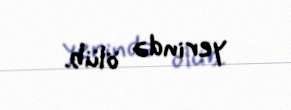
yerində ölüb.